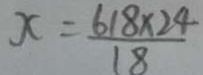
x = \frac { 6 1 8 \times 2 4 } { 1 8 }